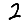
Digit: 2